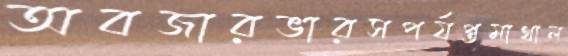
অবজারভারসপর্যপ্তমাথাল